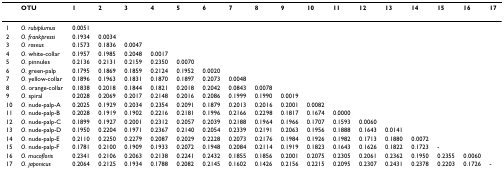
<table><thead><tr><td></td><td><b>OTU</b></td><td><b>1</b></td><td><b>2</b></td><td><b>3</b></td><td><b>4</b></td><td><b>5</b></td><td><b>6</b></td><td><b>7</b></td><td><b>8</b></td><td><b>9</b></td><td><b>10</b></td><td><b>11</b></td><td><b>12</b></td><td><b>13</b></td><td><b>14</b></td><td><b>15</b></td><td><b>16</b></td><td><b>17</b></td></tr></thead><tbody><tr><td>1</td><td><i>O. rubiplumus</i></td><td>0.0051</td><td></td><td></td><td></td><td></td><td></td><td></td><td></td><td></td><td></td><td></td><td></td><td></td><td></td><td></td><td></td><td></td></tr><tr><td>2</td><td><i>O. frankpressi</i></td><td>0.1934</td><td>0.0034</td><td></td><td></td><td></td><td></td><td></td><td></td><td></td><td></td><td></td><td></td><td></td><td></td><td></td><td></td><td></td></tr><tr><td>3</td><td><i>O. roseus</i></td><td>0.1573</td><td>0.1836</td><td>0.0047</td><td></td><td></td><td></td><td></td><td></td><td></td><td></td><td></td><td></td><td></td><td></td><td></td><td></td><td></td></tr><tr><td>4</td><td><i>O</i>. white-collar</td><td>0.1957</td><td>0.1985</td><td>0.2048</td><td>0.0017</td><td></td><td></td><td></td><td></td><td></td><td></td><td></td><td></td><td></td><td></td><td></td><td></td><td></td></tr><tr><td>5</td><td><i>O</i>. pinnules</td><td>0.2136</td><td>0.2131</td><td>0.2159</td><td>0.2350</td><td>0.0070</td><td></td><td></td><td></td><td></td><td></td><td></td><td></td><td></td><td></td><td></td><td></td><td></td></tr><tr><td>6</td><td><i>O</i>. green-palp</td><td>0.1795</td><td>0.1869</td><td>0.1859</td><td>0.2124</td><td>0.1952</td><td>0.0020</td><td></td><td></td><td></td><td></td><td></td><td></td><td></td><td></td><td></td><td></td><td></td></tr><tr><td>7</td><td><i>O</i>. yellow-collar</td><td>0.1896</td><td>0.1963</td><td>0.1831</td><td>0.1870</td><td>0.1897</td><td>0.2073</td><td>0.0048</td><td></td><td></td><td></td><td></td><td></td><td></td><td></td><td></td><td></td><td></td></tr><tr><td>8</td><td><i>O</i>. orange-collar</td><td>0.1838</td><td>0.2018</td><td>0.1844</td><td>0.1821</td><td>0.2018</td><td>0.2042</td><td>0.0843</td><td>0.0078</td><td></td><td></td><td></td><td></td><td></td><td></td><td></td><td></td><td></td></tr><tr><td>9</td><td><i>O</i>. spiral</td><td>0.2028</td><td>0.2069</td><td>0.2017</td><td>0.2148</td><td>0.2016</td><td>0.2086</td><td>0.1999</td><td>0.1990</td><td>0.0019</td><td></td><td></td><td></td><td></td><td></td><td></td><td></td><td></td></tr><tr><td>10</td><td><i>O</i>. nude-palp-A</td><td>0.2025</td><td>0.1929</td><td>0.2034</td><td>0.2354</td><td>0.2091</td><td>0.1879</td><td>0.2013</td><td>0.2016</td><td>0.2001</td><td>0.0082</td><td></td><td></td><td></td><td></td><td></td><td></td><td></td></tr><tr><td>11</td><td><i>O</i>. nude-palp-B</td><td>0.2028</td><td>0.1919</td><td>0.1902</td><td>0.2216</td><td>0.2181</td><td>0.1996</td><td>0.2166</td><td>0.2298</td><td>0.1817</td><td>0.1674</td><td>0.0000</td><td></td><td></td><td></td><td></td><td></td><td></td></tr><tr><td>12</td><td><i>O</i>. nude-palp-C</td><td>0.1899</td><td>0.1927</td><td>0.2001</td><td>0.2312</td><td>0.2057</td><td>0.2039</td><td>0.2188</td><td>0.1964</td><td>0.1966</td><td>0.1707</td><td>0.1593</td><td>0.0060</td><td></td><td></td><td></td><td></td><td></td></tr><tr><td>13</td><td><i>O</i>. nude-palp-D</td><td>0.1950</td><td>0.2204</td><td>0.1971</td><td>0.2367</td><td>0.2140</td><td>0.2054</td><td>0.2339</td><td>0.2191</td><td>0.2063</td><td>0.1956</td><td>0.1888</td><td>0.1643</td><td>0.0141</td><td></td><td></td><td></td><td></td></tr><tr><td>14</td><td><i>O</i>. nude-palp-E</td><td>0.2110</td><td>0.2250</td><td>0.2279</td><td>0.2087</td><td>0.2029</td><td>0.2228</td><td>0.2073</td><td>0.2176</td><td>0.1984</td><td>0.1926</td><td>0.1982</td><td>0.1713</td><td>0.1880</td><td>0.0072</td><td></td><td></td><td></td></tr><tr><td>15</td><td><i>O</i>. nude-palp-F</td><td>0.1781</td><td>0.2100</td><td>0.1909</td><td>0.1933</td><td>0.2072</td><td>0.1948</td><td>0.2084</td><td>0.2114</td><td>0.1919</td><td>0.1823</td><td>0.1643</td><td>0.1626</td><td>0.1822</td><td>0.1723</td><td>-</td><td></td><td></td></tr><tr><td>16</td><td><i>O. mucofloris</i></td><td>0.2341</td><td>0.2106</td><td>0.2063</td><td>0.2138</td><td>0.2241</td><td>0.2432</td><td>0.1855</td><td>0.1856</td><td>0.2001</td><td>0.2075</td><td>0.2305</td><td>0.2061</td><td>0.2362</td><td>0.1950</td><td>0.2355</td><td>0.0060</td><td></td></tr><tr><td>17</td><td><i>O. japonicus</i></td><td>0.2064</td><td>0.2125</td><td>0.1934</td><td>0.1788</td><td>0.2082</td><td>0.2145</td><td>0.1602</td><td>0.1426</td><td>0.2156</td><td>0.2215</td><td>0.2095</td><td>0.2307</td><td>0.2431</td><td>0.2378</td><td>0.2203</td><td>0.1726</td><td>-</td></tr></tbody></table>